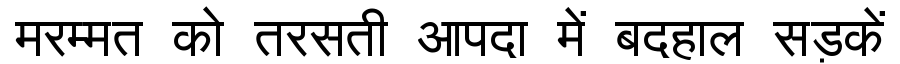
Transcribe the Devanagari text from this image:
मरम्मत को तरसती आपदा में बदहाल सड़कें